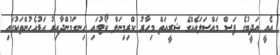
އެއީ އަދީބުގެ ފަސް މައްސަލައެއްގެ ޝަރީއަތް މިހާރު ކްރިމިނަލް ކޯޓުގައި ހިނގަމުންދާއިރު އަޑުއެހުންތަކުގައި